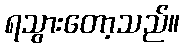
ရသွားတော့သည်။